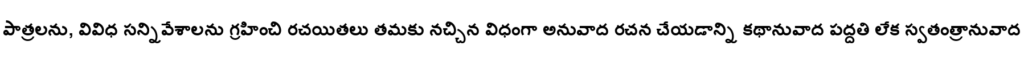
పాత్రలను, వివిధ సన్నివేశాలను గ్రహించి రచయితలు తమకు నచ్చిన విధంగా అనువాద రచన చేయడాన్ని కథానువాద పద్దతి లేక స్వతంత్రానువాద